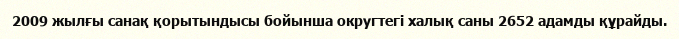
2009 жылғы санақ қорытындысы бойынша округтегі халық саны 2652 адамды құрайды.